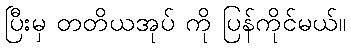
ပြီးမှ တတိယအုပ် ကို ပြန်ကိုင်မယ်။